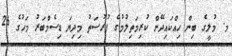
މ. މުލީގެ ބިން ހިއްކައިދޭން ކުރިމަތިލުމުގެ ފުރުސަތު މިދިޔަ ޑިސެމްބަރު މަހުގެ 26